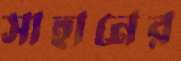
সাহানের